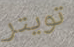
تويتر